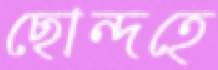
ছোন্দহে